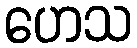
ဟေသ